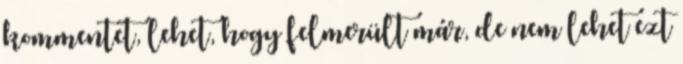
kommentet, lehet, hogy felmerült már, de nem lehet ezt